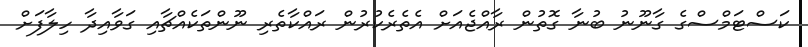
ކަސްޓަމްސްގެ ގާނޫނު ބުނާ ގޮތުން ރާއްޖެއަށް އެތެރެކުރުން ރައްކާތެރި ނޫންތަކެއްޗާއި ގަވާއިދާ ހިލާފަށް